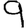
Digit: 9